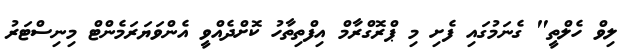
ލިވް ހެލްތީ" ގެނަމުގައި ފެށި މި ޕްރޮގްރާމް އިފްތިތާހު ކޮށްދެއްވީ އެންވަޔަރަމެންޓް މިނިސްޓަރު